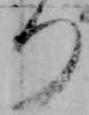
つ